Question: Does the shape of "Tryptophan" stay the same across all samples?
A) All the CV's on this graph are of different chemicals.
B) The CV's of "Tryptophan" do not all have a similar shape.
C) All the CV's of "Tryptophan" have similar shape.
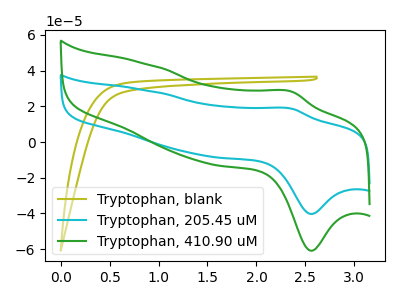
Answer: <think>The olive curve "Tryptophan, blank" has no peaks. The cyan curve "Tryptophan, 205.45 uM" has an anodic peak at (2.35V, 18.60uA) and a cathodic peak at (2.55V, -40.30uA). The green curve "Tryptophan, 410.90 uM" has an anodic peak at (2.35V, 28.15uA) and a cathodic peak at (2.55V, -60.90uA).
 "Tryptophan, blank" and "Tryptophan, 205.45 uM" have a different number of peaks. "Tryptophan, blank" and "Tryptophan, 410.90 uM" have a different number of peaks. All the peaks in "Tryptophan, 205.45 uM" have a peak in "Tryptophan, 410.90 uM" at the same potential. Every peak in "Tryptophan, 205.45 uM" is lower than every peak in "Tryptophan, 410.90 uM".</think>
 <answer>C) All the CV's of "Tryptophan" have similar shape.</answer>
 <eval>C</eval>